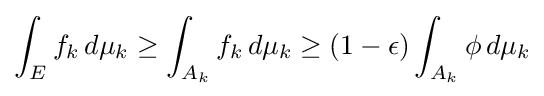
\int _{E}f_{k}\,d\mu _{k}\geq \int _{A_{k}}f_{k}\,d\mu _{k}\geq (1-\epsilon )\int _{A_{k}}\phi \,d\mu _{k}